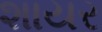
શાયર